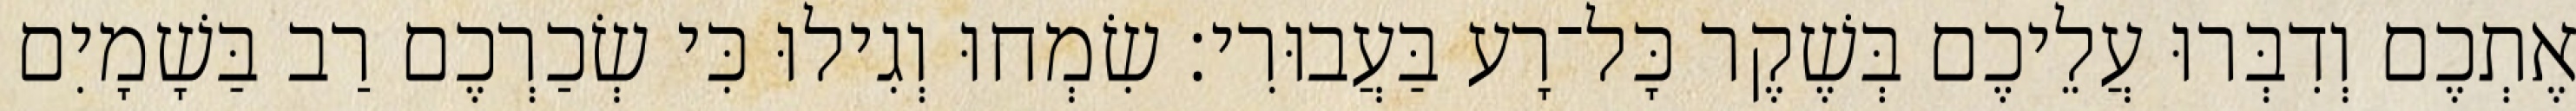
אֶתְכֶם וְדִבְּרוּ עֲלֵיכֶם בְּשֶׁקֶר כָּל־רָע בַּעֲבוּרִי׃ שִׂמְחוּ וְגִילוּ כִּי שְׂכַרְכֶם רַב בַּשָׁמָיִם